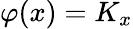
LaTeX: \varphi(x)=K_{x}